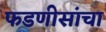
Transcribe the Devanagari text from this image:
फडणीसांचा